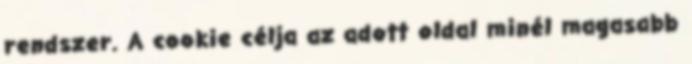
rendszer. A cookie célja az adott oldal minél magasabb